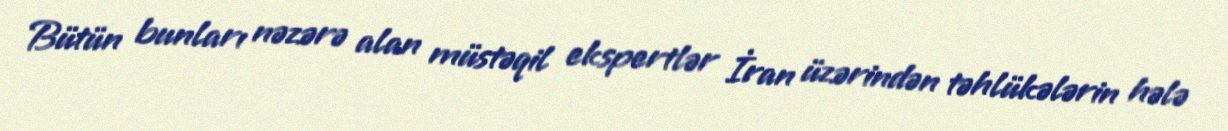
Bütün bunları nəzərə alan müstəqil ekspertlər İran üzərindən təhlükələrin hələ